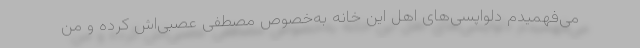
می‌فهمیدم دلواپسی‌های اهل این خانه به‌خصوص مصطفی عصبی‌اش کرده و من